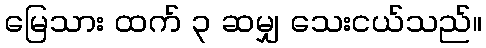
မြေသား ထက် ၃ ဆမျှ သေးငယ်သည်။